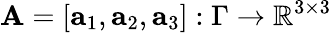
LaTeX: \mathbf A=[\mathbf a_{1},\mathbf a_{2},\mathbf a_{3}]:\Gamma\to\mathbb{R}^{3\times 3}